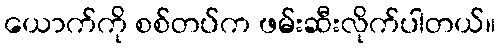
ယောက်ကို စစ်တပ်က ဖမ်းဆီးလိုက်ပါတယ်။